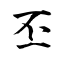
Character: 丕